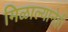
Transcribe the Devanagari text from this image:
मिळाल्यानेही